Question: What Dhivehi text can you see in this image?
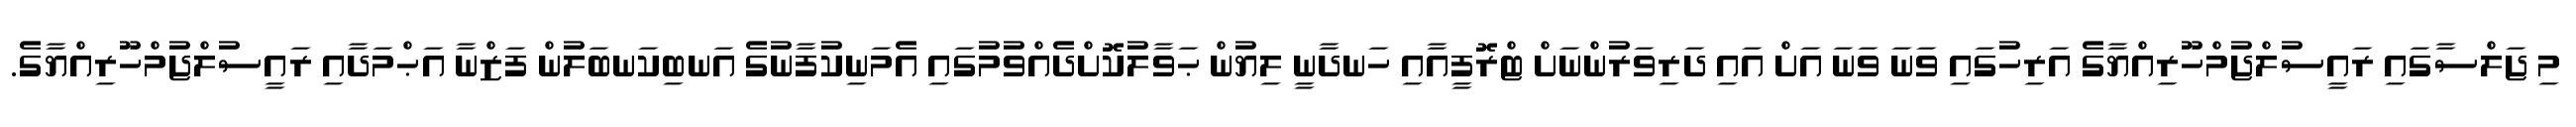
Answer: މި ޖަލްސާގައި ރައީސުލްޖުމްހޫރިއްޔާގެ އަރިހުގައި ވަނަ ވަނަ އަށް އައި ދަރިވަރުންނަށް ޓްރޮފީއާއި ހަނދާނީ ލިޔުން ޙަވާލުކޮށްދެއްވުމުގައި އެމަނިކުފާނުގެ އަނބިކަނބަލުން ފަޒްނާ އަޙްމަދާއި ރައީސުލްޖުމްހޫރިއްޔާގެ.